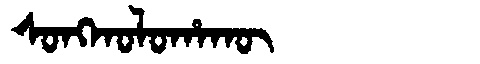
Manchu: ᠰᠣᠩᡴᠣᠯᠣᡥᠠᡴᡡ
Romanization: SONGKOLOHAKŪ